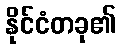
နိုင်ငံတခု၏